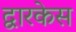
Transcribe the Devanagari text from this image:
द्वारकेस